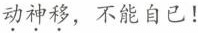
动神移，不能自已！